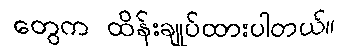
တွေက ထိန်းချုပ်ထားပါတယ်။